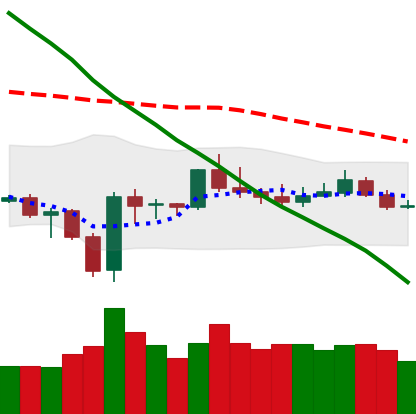
Ticker: BTC-USD
Chart end date: 2020-01-01
Forward return: 7.903%
Label: up_7plus